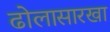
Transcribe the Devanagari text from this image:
ढोलासारखा